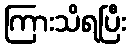
ကြားသိရပြီး